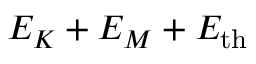
E _ { K } + E _ { M } + E _ { \mathrm { t h } }